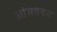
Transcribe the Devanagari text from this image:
अभिवंदन